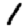
Digit: 1